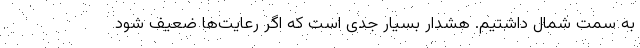
به سمت شمال داشتیم. هشدار بسیار جدی است که اگر رعایت‌ها ضعیف شود